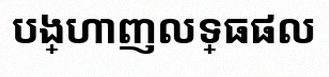
បង្ហាញលទ្ធផល